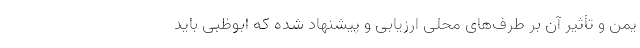
یمن و تأثیر آن بر طرف‌های محلی ارزیابی و پیشنهاد شده که ابوظبی باید